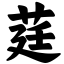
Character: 莛